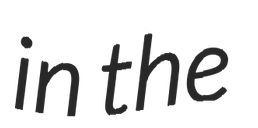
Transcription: in the